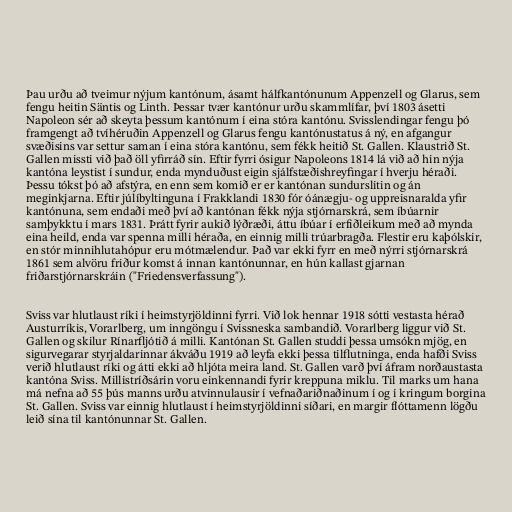
Þau urðu að tveimur nýjum kantónum, ásamt hálfkantónunum Appenzell og Glarus, sem
fengu heitin Säntis og Linth. Þessar tvær kantónur urðu skammlífar, því 1803 ásetti
Napoleon sér að skeyta þessum kantónum í eina stóra kantónu. Svisslendingar fengu þó
framgengt að tvíhéruðin Appenzell og Glarus fengu kantónustatus á ný, en afgangur
svæðisins var settur saman í eina stóra kantónu, sem fékk heitið St. Gallen. Klaustrið St.
Gallen missti við það öll yfirráð sín. Eftir fyrri ósigur Napoleons 1814 lá við að hin nýja
kantóna leystist í sundur, enda mynduðust eigin sjálfstæðishreyfingar í hverju héraði.
Þessu tókst þó að afstýra, en enn sem komið er er kantónan sundurslitin og án
meginkjarna. Eftir júlíbyltinguna í Frakklandi 1830 fór óánægju- og uppreisnaralda yfir
kantónuna, sem endaði með því að kantónan fékk nýja stjórnarskrá, sem íbúarnir
samþykktu í mars 1831. Þrátt fyrir aukið lýðræði, áttu íbúar í erfiðleikum með að mynda
eina heild, enda var spenna milli héraða, en einnig milli trúarbragða. Flestir eru kaþólskir,
en stór minnihlutahópur eru mótmælendur. Það var ekki fyrr en með nýrri stjórnarskrá
1861 sem alvöru friður komst á innan kantónunnar, en hún kallast gjarnan
friðarstjórnarskráin ("Friedensverfassung").

Sviss var hlutlaust ríki í heimstyrjöldinni fyrri. Við lok hennar 1918 sótti vestasta hérað
Austurríkis, Vorarlberg, um inngöngu í Svissneska sambandið. Vorarlberg liggur við St.
Gallen og skilur Rínarfljótið á milli. Kantónan St. Gallen studdi þessa umsókn mjög, en
sigurvegarar styrjaldarinnar ákváðu 1919 að leyfa ekki þessa tilflutninga, enda hafði Sviss
verið hlutlaust ríki og átti ekki að hljóta meira land. St. Gallen varð því áfram norðaustasta
kantóna Sviss. Millistríðsárin voru einkennandi fyrir kreppuna miklu. Til marks um hana
má nefna að 55 þús manns urðu atvinnulausir í vefnaðariðnaðinum í og í kringum borgina
St. Gallen. Sviss var einnig hlutlaust í heimstyrjöldinni síðari, en margir flóttamenn lögðu
leið sína til kantónunnar St. Gallen.